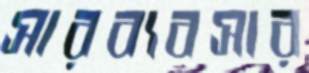
সারব্যবসার